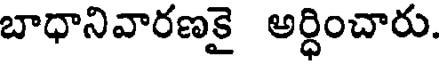
బాధానివారణకై అర్ధించారు.